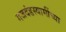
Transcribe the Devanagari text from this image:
गजदंडस्वामींच्या